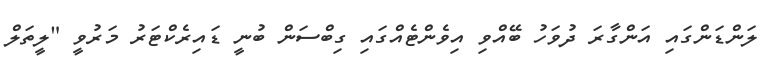
ލަންޑަންގައި އަންގާރަ ދުވަހު ބޭއްވި އިވެންޓެއްގައި ގިބްސަން ބުނީ ޑައިރެކްޓަރު މަރުވީ "ލީތަލް